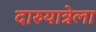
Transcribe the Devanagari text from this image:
दारुयात्रेला